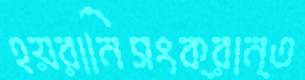
হয়রানিসংক্রান্ত